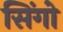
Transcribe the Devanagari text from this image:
सिंगो